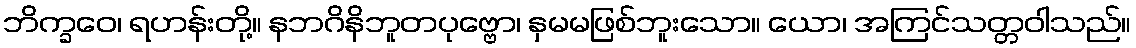
ဘိက္ခဝေ၊ ရဟန်းတို့။ နဘဂိနိဘူတပုဗ္ဗော၊ နှမမဖြစ်ဘူးသော။ ယော၊ အကြင်သတ္တဝါသည်။